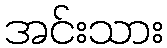
အင်းသား